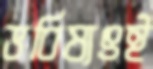
ভবিষ্যৎই